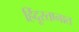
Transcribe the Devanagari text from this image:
हिंदूस्तानात